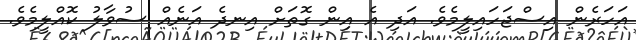
އަހަރެން އިސްޖަހައިލީމެވެ. އަދި އެ އިން ގޮތަށް އިނދެ އަނެއް ސުވާލު ކޮއްލީމެވެ.